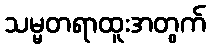
သမ္မတရာထူးအတွက်